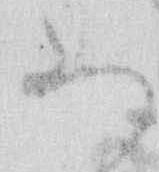
あ